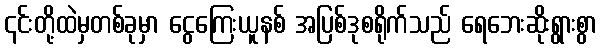
၎င်းတို့ထဲမှတစ်ခုမှာ ငွေကြေးယူနစ် အပြစ်ဒုစရိုက်သည် ရေဘေးဆိုးရွားစွာ